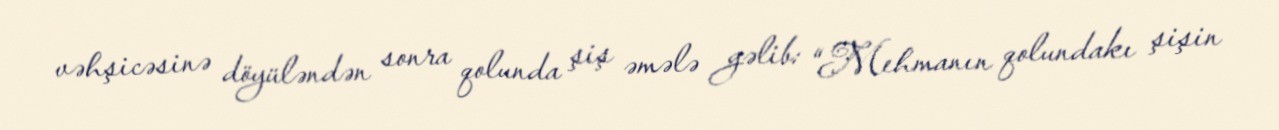
vəhşicəsinə döyüləndən sonra qolunda şiş əmələ gəlib: “Mehmanın qolundakı şişin